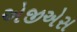
એજીએસ